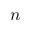
n